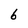
Character: 6